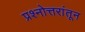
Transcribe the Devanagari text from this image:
प्रश्नोत्तरांतून